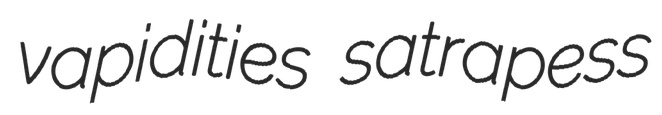
vapidities satrapess